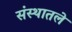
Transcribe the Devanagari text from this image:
संस्थातले